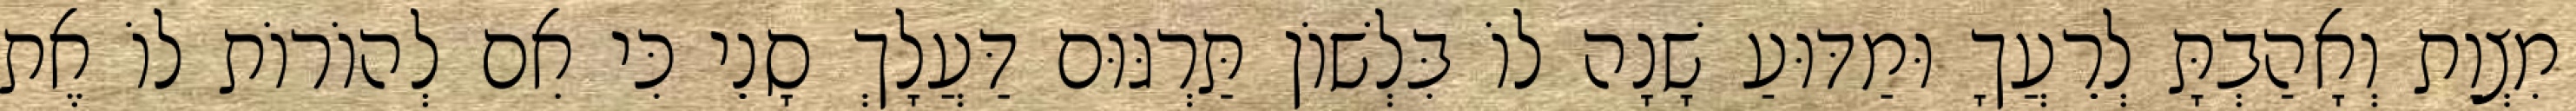
מִצְוַת וְאָהַבְתָּ לְרֵעֲךָ וּמַדּוּעַ שָׁנָה לוֹ בִּלְשׁוֹן תַּרְגּוּם דַּעֲלָךְ סָנֵי כִּי אִם לְהוֹרוֹת לוֹ אֶת